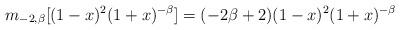
LaTeX: \begin{align*}m_{-2,\beta}[(1-x)^{2}(1+x)^{-\beta}]=(-2\beta+2)(1-x)^{2}(1+x)^{-\beta}\end{align*}